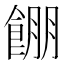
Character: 𱃫